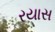
રયાસ